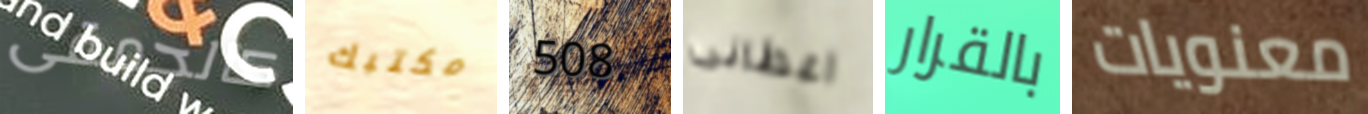
كالحمقى مكتبك 508 اعطانى بالقرار معنويات